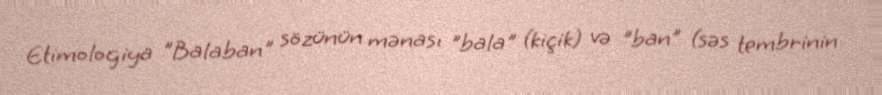
Etimologiya "Balaban" sözünün mənası "bala" (kiçik) və "ban" (səs tembrinin